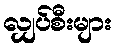
လျှပ်စီးများ